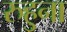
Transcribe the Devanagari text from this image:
रुहुना